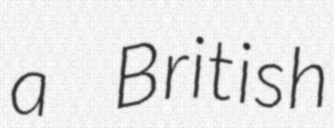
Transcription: a British